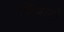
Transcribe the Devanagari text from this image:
फिदाये